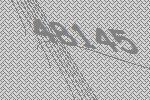
48145